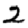
Digit: 2